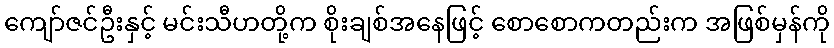
ကျော်ဇင်ဦးနှင့် မင်းသီဟတို့က စိုးချစ်အနေဖြင့် စောစောကတည်းက အဖြစ်မှန်ကို